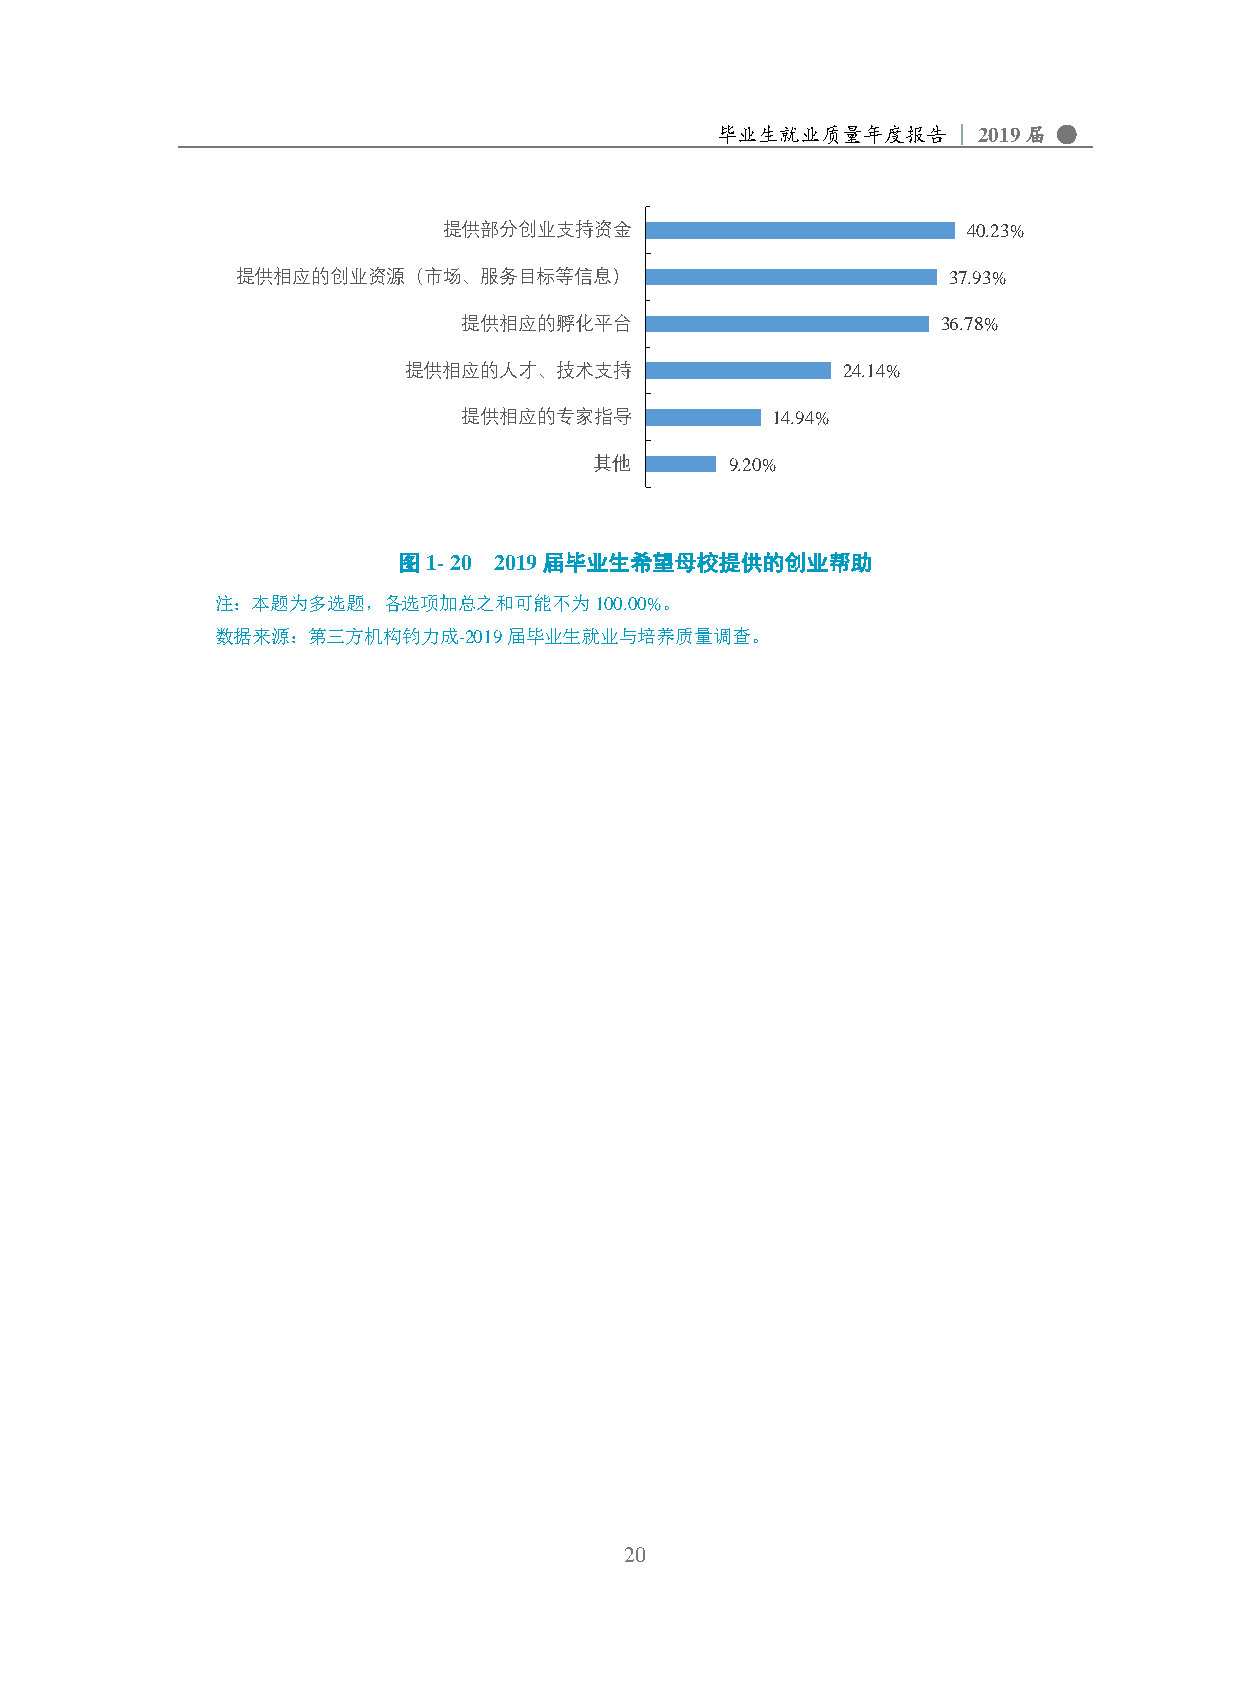
毕业生就业质量年度报告     | 2019届 ●
 提供部分创业支持资金                         40.23%
 提供相应的创业资源（市场、服务目标等信息）                          37.93%
 提供相应的孵化平台                      36.78%
 提供相应的人才、技术支持                 24.14%
 提供相应的专家指导           14.94%
 其他       9.20%
 图1- 20 2019届毕业生希望母校提供的创业帮助
 注：本题为多选题，各选项加总之和可能不为100.00%。
 数据来源：第三方机构钧力成-2019届毕业生就业与培养质量调查。
 20